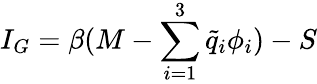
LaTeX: I_{G}=\beta(M-\sum_{i=1}^{3}{\tilde{q}}_{i}\phi_{i})-S